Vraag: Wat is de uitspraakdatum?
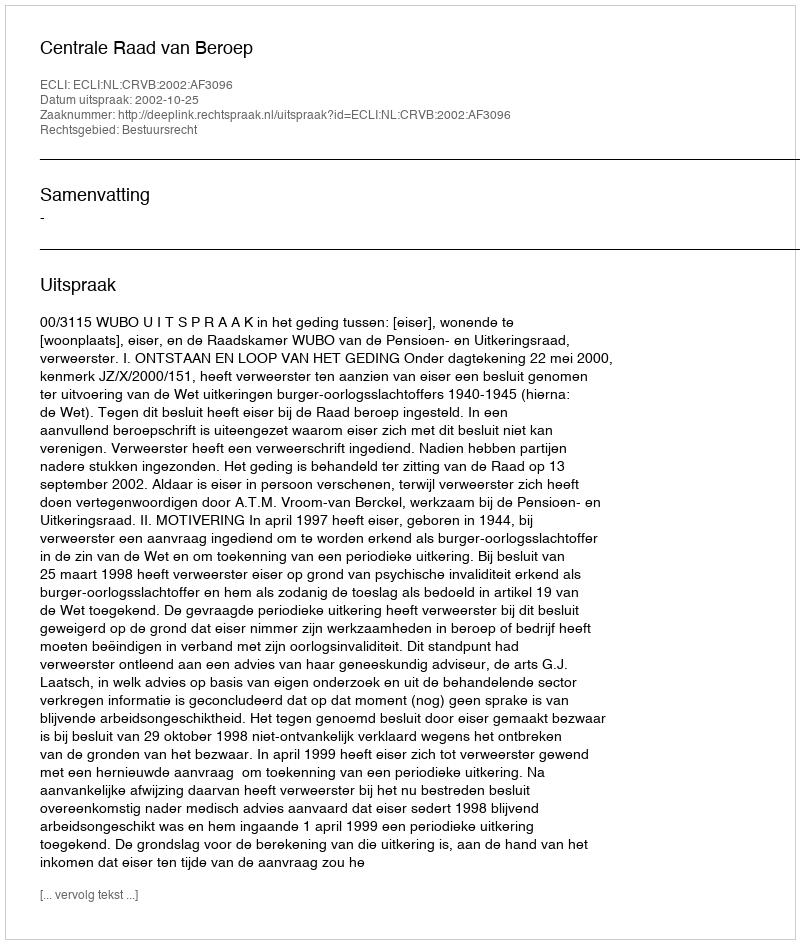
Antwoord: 2002-10-25